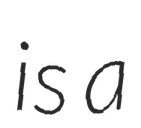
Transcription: is a